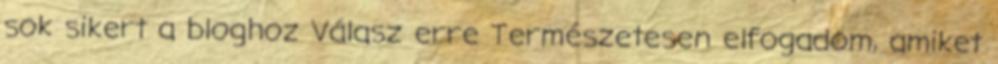
sok sikert a bloghoz Válasz erre Természetesen elfogadom, amiket